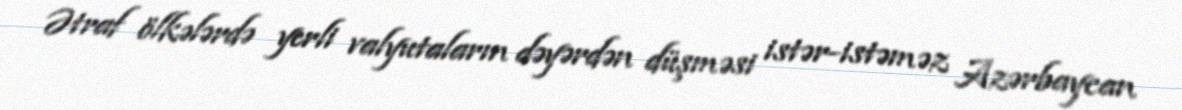
Ətraf ölkələrdə yerli valyutaların dəyərdən düşməsi istər-istəməz Azərbaycan